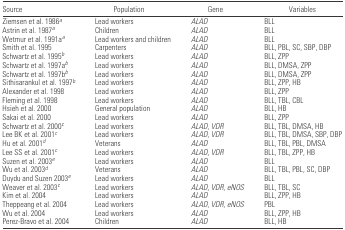
<table><thead><tr><td><b>Source</b></td><td><b>Population</b></td><td><b>Gene</b></td><td><b>Variables</b></td></tr></thead><tbody><tr><td>Ziemsen et al. 1986a</td><td>Lead workers</td><td><i>ALAD</i></td><td>BLL</td></tr><tr><td>Astrin et al. 1987a</td><td>Children</td><td><i>ALAD</i></td><td>BLL</td></tr><tr><td>Wetmur et al. 1991aa</td><td>Lead workers and children</td><td><i>ALAD</i></td><td>BLL</td></tr><tr><td>Smith et al. 1995</td><td>Carpenters</td><td><i>ALAD</i></td><td>BLL, PBL, SC, SBP, DBP</td></tr><tr><td>Schwartz et al. 1995b</td><td>Lead workers</td><td><i>ALAD</i></td><td>BLL, ZPP</td></tr><tr><td>Schwartz et al. 1997ab</td><td>Lead workers</td><td><i>ALAD</i></td><td>BLL, DMSA, ZPP</td></tr><tr><td>Schwartz et al. 1997bb</td><td>Lead workers</td><td><i>ALAD</i></td><td>BLL, DMSA, ZPP</td></tr><tr><td>Sithisarankul et al. 1997b</td><td>Lead workers</td><td><i>ALAD</i></td><td>BLL, ZPP, HB</td></tr><tr><td>Alexander et al. 1998</td><td>Lead workers</td><td><i>ALAD</i></td><td>BLL, ZPP</td></tr><tr><td>Fleming et al. 1998</td><td>Lead workers</td><td><i>ALAD</i></td><td>BLL, TBL, CBL</td></tr><tr><td>Hsieh et al. 2000</td><td>General population</td><td><i>ALAD</i></td><td>BLL, HB</td></tr><tr><td>Sakai et al. 2000</td><td>Lead workers</td><td><i>ALAD</i></td><td>BLL, ZPP</td></tr><tr><td>Schwartz et al. 2000c</td><td>Lead workers</td><td><i>ALAD, VDR</i></td><td>BLL, TBL, DMSA, HB</td></tr><tr><td>Lee BK et al. 2001c</td><td>Lead workers</td><td><i>ALAD, VDR</i></td><td>BLL, TBL, DMSA, SBP, DBP</td></tr><tr><td>Hu et al. 2001d</td><td>Veterans</td><td><i>ALAD</i></td><td>BLL, TBL, PBL, DMSA</td></tr><tr><td>Lee SS et al. 2001c</td><td>Lead workers</td><td><i>ALAD, VDR</i></td><td>BLL, TBL, ZPP, HB</td></tr><tr><td>Suzen et al. 2003e</td><td>Lead workers</td><td><i>ALAD</i></td><td>BLL</td></tr><tr><td>Wu et al. 2003d</td><td>Veterans</td><td><i>ALAD</i></td><td>BLL, TBL, PBL, SC, DBP</td></tr><tr><td>Duydu and Suzen 2003e</td><td>Lead workers</td><td><i>ALAD</i></td><td>BLL</td></tr><tr><td>Weaver et al. 2003c</td><td>Lead workers</td><td><i>ALAD, VDR, eNOS</i></td><td>BLL, TBL, SC</td></tr><tr><td>Kim et al. 2004</td><td>Lead workers</td><td><i>ALAD</i></td><td>BLL, ZPP, HB</td></tr><tr><td>Theppeang et al. 2004</td><td>Lead workers</td><td><i>ALAD, VDR, eNOS</i></td><td>PBL</td></tr><tr><td>Wu et al. 2004</td><td>Lead workers</td><td><i>ALAD</i></td><td>BLL, ZPP, HB</td></tr><tr><td>Perez-Bravo et al. 2004</td><td>Children</td><td><i>ALAD</i></td><td>BLL, HB</td></tr></tbody></table>